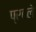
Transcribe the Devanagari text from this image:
प्रहले